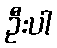
ဦးပါ